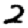
Digit: 2